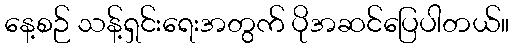
နေ့စဉ် သန့်ရှင်းရေးအတွက် ပိုအဆင်ပြေပါတယ်။